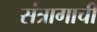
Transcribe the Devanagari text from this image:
संत्रागाची